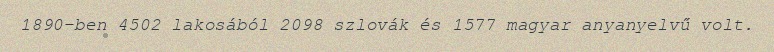
1890-ben 4502 lakosából 2098 szlovák és 1577 magyar anyanyelvű volt.